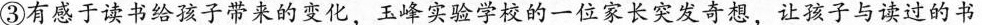
③有感于读书给孩子带来的变化，玉峰实验学校的一位家长突发奇想，让孩